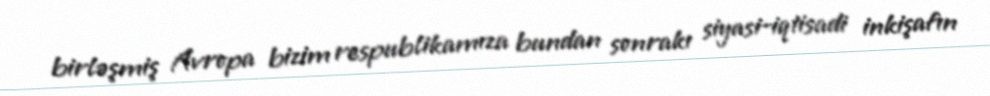
birləşmiş Avropa bizim respublikamıza bundan sonrakı siyasi-iqtisadi inkişafın